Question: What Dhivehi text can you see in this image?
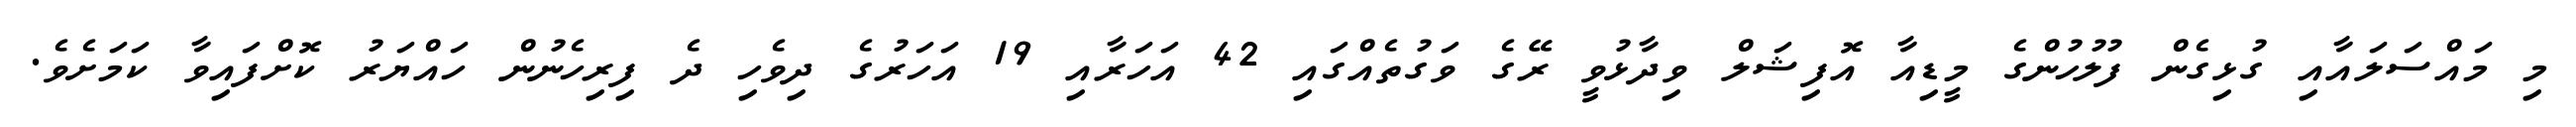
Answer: މި މައްސަލައާއި ގުޅިގެން ފުލުހުންގެ މީޑިއާ އޮފިޝަލް ވިދާޅުވީ ރޭގެ ވަގުތެއްގައި 42 އަހަރާއި 19 އަހަރުގެ ދިވެހި ދެ ފިރިހެނުން ހައްޔަރު ކޮށްފައިވާ ކަމަށެވެ.